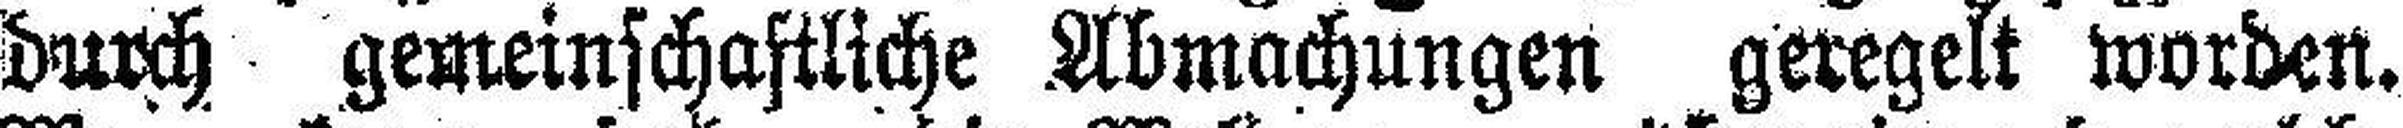
durch gemeinschaftliche Abmachungen geregelt worden.